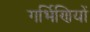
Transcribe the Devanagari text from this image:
गर्भिणियों